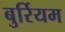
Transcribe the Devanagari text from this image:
बुर्रियम